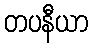
တပနီယာ